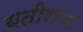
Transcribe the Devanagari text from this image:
यतीराज